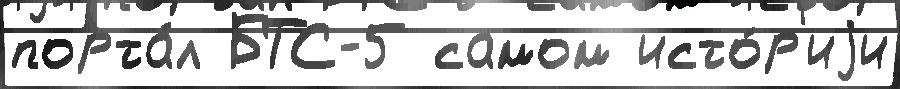
порта́л БТС-5 самом исто́р'иjи